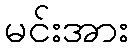
မင်းအား